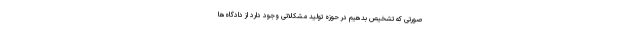
صورتی که تشخیص بدهیم در حوزه تولید مشکلاتی وجود دارد از دادگاه‌ها